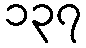
၁၃၇